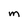
Character: m